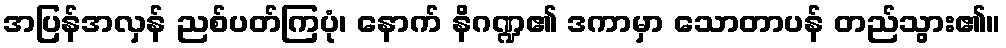
အပြန်အလှန် ညစ်ပတ်ကြပုံ၊ နောက် နိဂဏ္ဍ၏ ဒကာမှာ သောတာပန် တည်သွား၏။